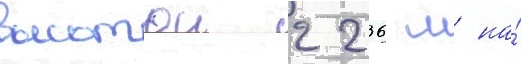
высотои 2236 м на́